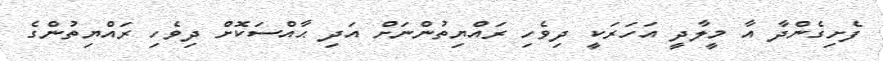
ފެށިގެންދާ އާ މީލާދީ އަހަރަކީ ދިވެހި ރައްޔިތުންނަށް އަދި ޙާއްސަކޮށް ދިވެހި ރައްޔިތުންގެ